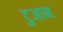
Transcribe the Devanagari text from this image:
टुआन